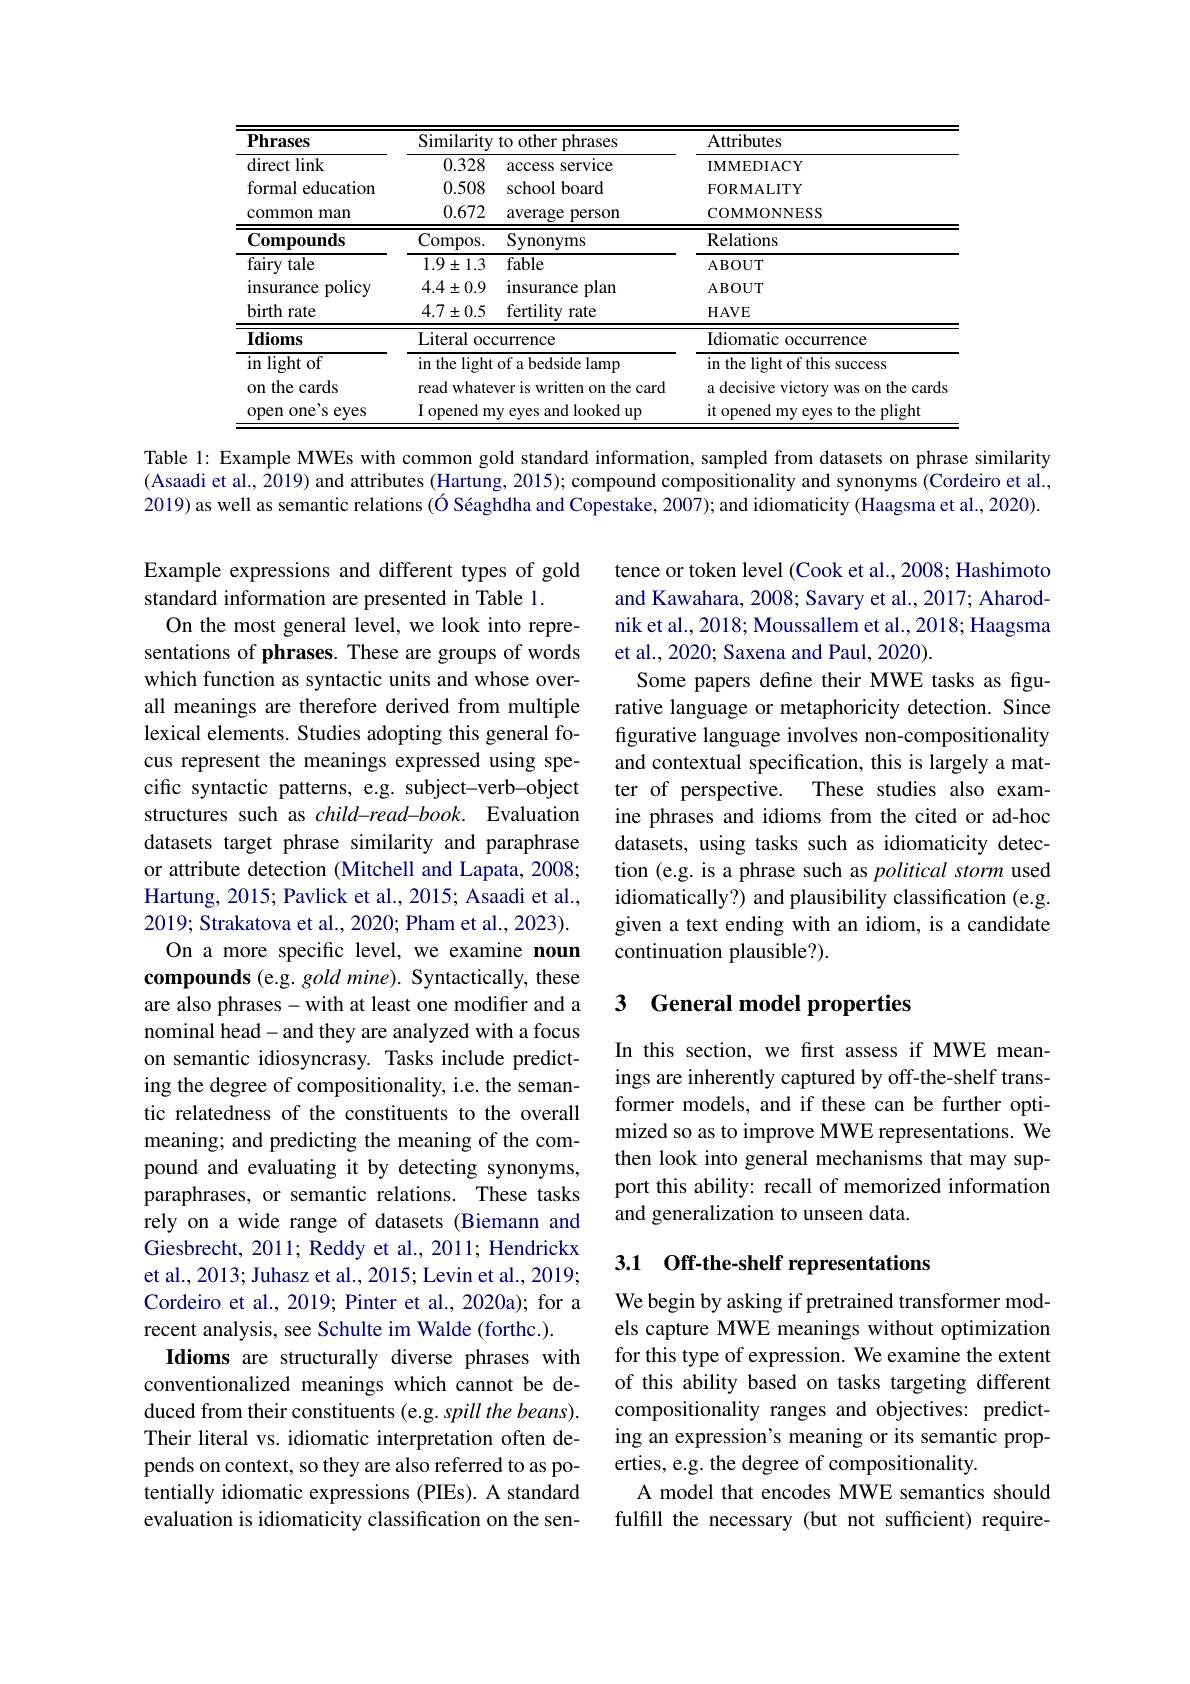
<table>
	<tbody>
		<tr>
			<th rowspan="2">$\mathbf{Phrases}$ direct link</th>
			<th colspan="2">Similarity to other phrases</th>
			<th>Attributes</th>
		</tr>
		<tr>
			<th>0.328</th>
			<th>access service</th>
			<th>IMMEDIACY</th>
		</tr>
		<tr>
			<td>formal education</td>
			<td>0.508</td>
			<td>school board</td>
			<td>FORMALITY</td>
		</tr>
		<tr>
			<td>common man</td>
			<td>0.672</td>
			<td>average person</td>
			<td>COMMONNESS</td>
		</tr>
		<tr>
			<td>$\mathbf{Compounds}$</td>
			<td>Compos. </td>
			<td>Synonyms</td>
			<td>Relations</td>
		</tr>
		<tr>
			<td>fairy tale</td>
			<td>$1.9\pm1.3$</td>
			<td>fable</td>
			<td>ABOUT</td>
		</tr>
		<tr>
			<td>insurance policy</td>
			<td>$4.4\pm0.9$</td>
			<td>insurance plan</td>
			<td>ABOUT</td>
		</tr>
		<tr>
			<td>birth rate</td>
			<td>$4.7\pm0.5$</td>
			<td>fertility rate</td>
			<td>HAVE</td>
		</tr>
		<tr>
			<td>$\mathbf{Idioms}$</td>
			<td>Literal $0cc$</td>
			<td>${\mathrm{urrence}}$</td>
			<td>Idiomatic $c$ occurrence</td>
		</tr>
		<tr>
			<td>in lightof 1 </td>
			<td>${{\mathbf{n}}}$ the light $\lim$</td>
			<td>of a bedside lamp</td>
			<td>in the light of this success</td>
		</tr>
		<tr>
			<td>ont the cards 1</td>
			<td>read whate</td>
			<td>ver is written on the card</td>
			<td>a decisive victory was on the cards</td>
		</tr>
		<tr>
			<td>one's e eyes open o</td>
			<td>$I$ opened m</td>
			<td>eyes and looked up $Vi$</td>
			<td>it opened my eyes to the plight</td>
		</tr>
	</tbody>
</table>

Table 1: Example MWEs with common gold standard information, sampled from datasets on phrase similarity (Asaadi et al., 2019) and attributes (Hartung, 2015); compound compositionality and synonyms (Cordeiro et al., 2019) as well as semantic relations (Ó Séaghdha and Copestake, 2007); and idiomaticity (Haagsma et al., 2020).

tence or token level (Cook et al., 2008; Hashimoto and Kawahara, 2008; Savary et al., 2017; Aharodnik et al., 2018; Moussallem et al., 2018; Haagsma et al., 2020; Saxena and Paul, 2020).
Some papers define their MWE tasks as figurative language or metaphoricity detection. Since figurative language involves non-compositionality and contextual specification, this is largely a matter of perspective. These studies also examine phrases and idioms from the cited or ad-hoc datasets, using tasks such as idiomaticity detection (e.g. is a phrase such as political storm used idiomatically?) and plausibility classification (e.g. given a text ending with an idiom, is a candidate continuation plausible?).

### 3 General model properties

Example expressions and different types of gold
standard information are presented in Table 1.
On the most general level, we look into representations of phrases. These are groups of words which function as syntactic units and whose overall meanings are therefore derived from multiple lexical elements. Studies adopting this general focus represent the meanings expressed using specific syntactic patterns, e.g. subject-verb-object structures such as child-read-book. Evaluation datasets target phrase similarity and paraphrase or attribute detection (Mitchell and Lapata, 2008; Hartung, 2015; Pavlick et al., 2015; Asaadi et al., 2019; Strakatova et al., 2020; Pham et al., 2023). On a more specific level, we examine noun
compounds (e.g. gold mine). Syntactically, these are also phrases- with at least one modifier and a nominal head- and they are analyzed with a focus on semantic idiosyncrasy. Tasks include predicting the degree of compositionality, i.e. the semantic relatedness of the constituents to the overall meaning; and predicting the meaning of the compound and evaluating it by detecting synonyms, paraphrases, or semantic relations. These tasks rely on a wide range of datasets (Biemann and Giesbrecht, 2011; Reddy et al., 2011; Hendrickx et al., 2013; Juhasz et al., 2015; Levin et al., 2019; Cordeiro et al., 2019; Pinter et al., 2020a); for a recent analysis, see Schulte im Walde (forthc.).
Idioms are structurally diverse phrases with conventionalized meanings which cannot be deduced from their constituents (e.g. spill the beans). Their literal vs. idiomatic interpretation often depends on context, so they are also referred to as potentially idiomatic expressions (PIEs). A standard evaluation is idiomaticity classification on the sen-

In this section, we first assess if MWE meanings are inherently captured by off-the-shelf transformer models, and if these can be further optimized so as to improve MWE representations. We then look into general mechanisms that may support this ability: recall of memorized information and generalization to unseen data.

### 3.1 Off-the-shelf representations

We begin by asking if pretrained transformer models capture MWE meanings without optimization for this type of expression. We examine the extent of this ability based on tasks targeting different compositionality ranges and objectives: predicting an expression's meaning or its semantic properties, e.g. the degree of compositionality.
A model that encodes MWE semantics should fulfill the necessary (but not sufficient) require-